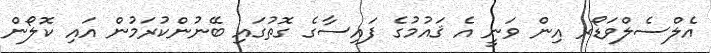
އެލްސެލްވަޑޯރ އިން ވަނީ އެ ޤައުމުގެ ފައިސާގެ ގޮތުގައި ބޭނުންކުރަމުން އައި ކޮލޯން